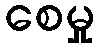
စေမှု